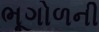
ભૂગોળની